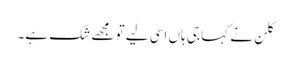
کلن نے کہا جی ہاں اسی لیے تو مجھے شک ہے۔